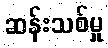
ဆန်းသစ်မှု